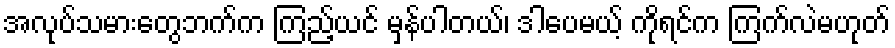
အလုပ်သမားတွေဘက်က ကြည့်ယင် မှန်ပါတယ်၊ ဒါပေမယ့် ကိုရင်က ကြက်လဲမဟုတ်